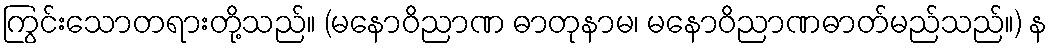
ကြွင်းသောတရားတို့သည်။ (မနောဝိညာဏ ဓာတုနာမ၊ မနောဝိညာဏဓာတ်မည်သည်။) န